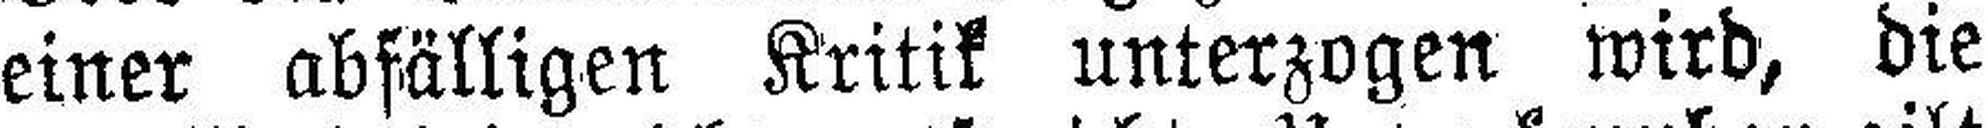
einer abfälligen Kritik unterzogen wird, die